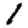
Digit: 1